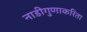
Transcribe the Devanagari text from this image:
नाडीगुणाकरिता